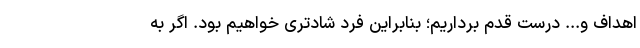
اهداف و... درست قدم برداریم؛ بنابراین فرد شادتری خواهیم بود. اگر به